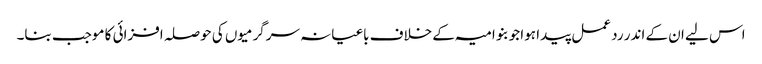
اس لیے ان کے اندر رد عمل پیدا ہوا جو بنو امیہ کے خلاف باغیانہ سرگرمیوں کی حوصلہ افزائی کا موجب بنا۔